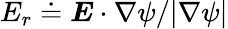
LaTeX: E_{r}\doteq\boldsymbol{E}\cdot\nabla\psi/|\nabla\psi|